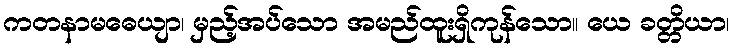
ကတနာမဓေယျာ၊ မှည့်အပ်သော အမည်ထူးရှိကုန်သော။ ယေ ခတ္တိယာ၊